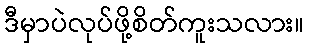
ဒီမှာပဲလုပ်ဖို့စိတ်ကူးသလား။